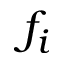
f _ { i }